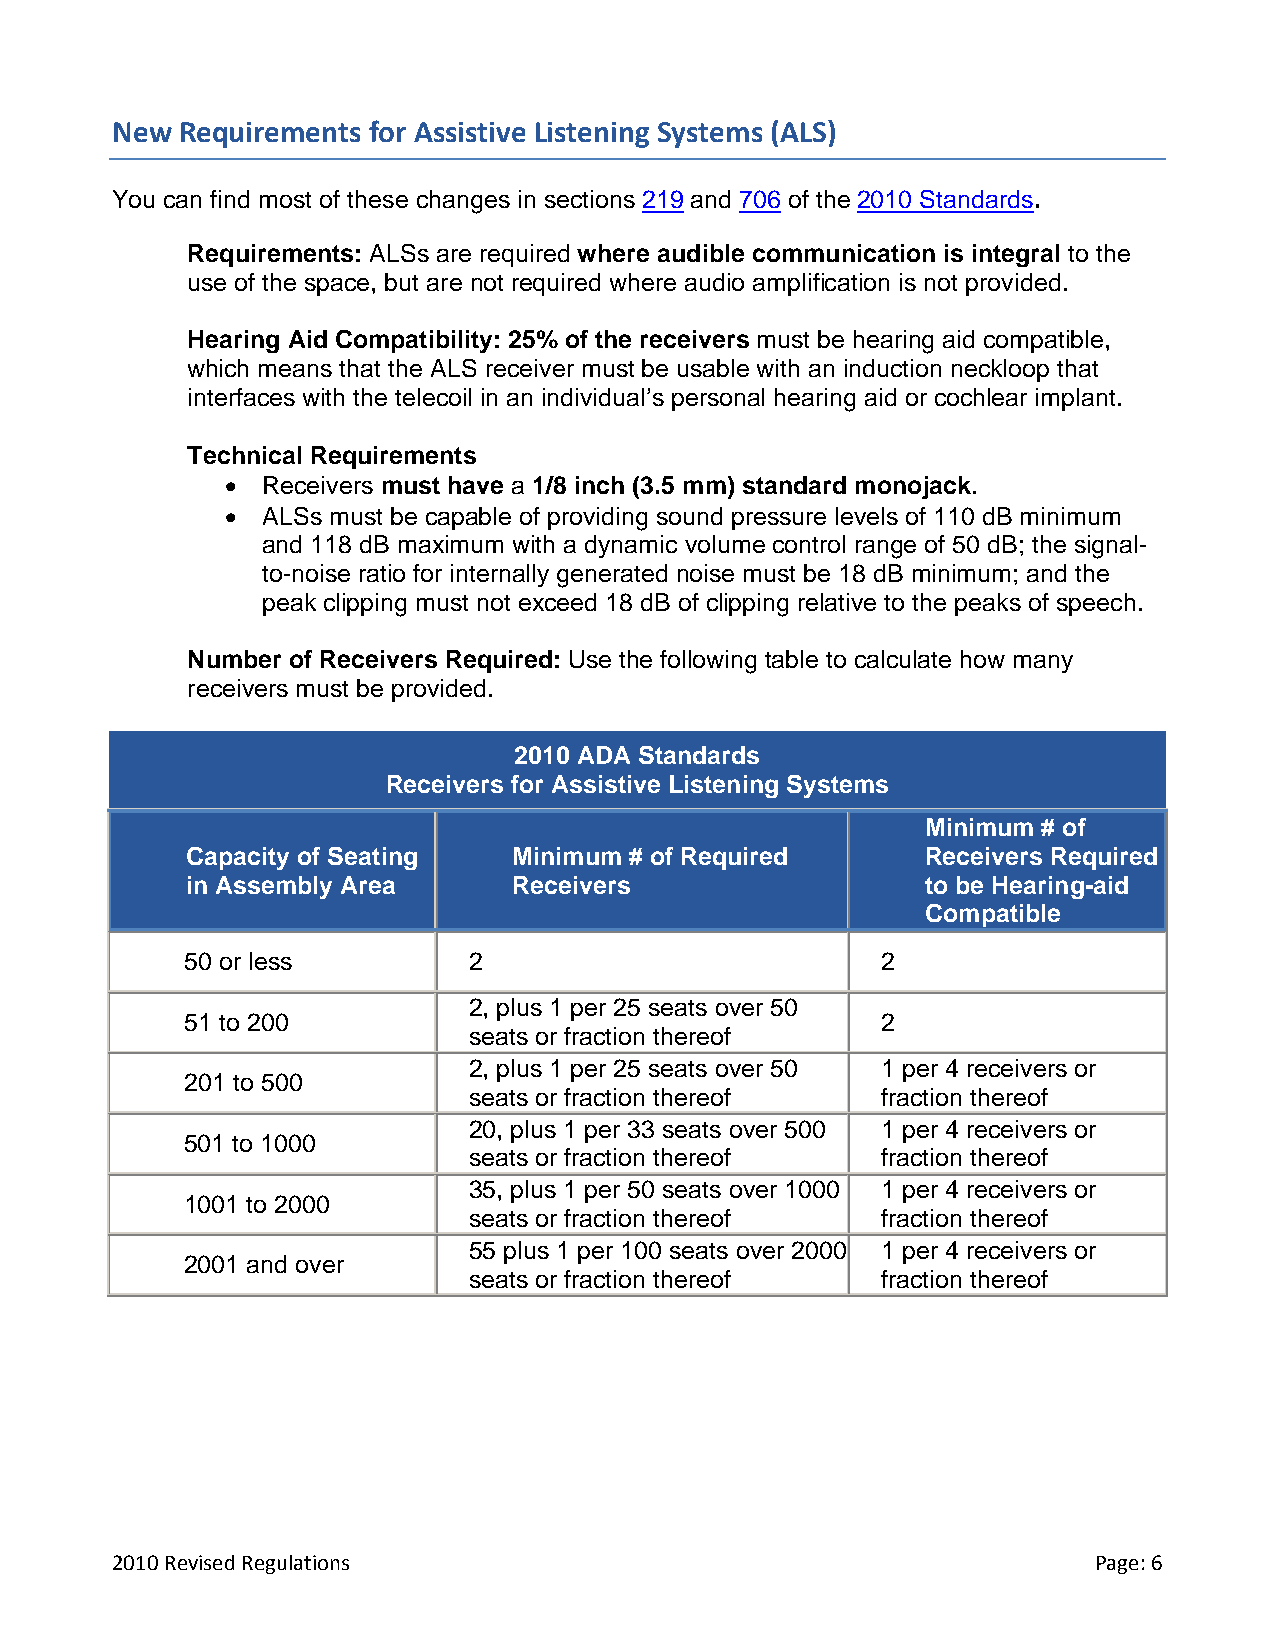
New  Requirements for Assistive Listening Systems (ALS)
 You can find most of these changes in sections 219 and 706 of the 2010 Standards.
 Requirements: ALSs are required where audible communication is integral to the
 use of the space, but are not required where audio amplification is not provided.
 Hearing Aid Compatibility: 25% of the receivers must be hearing aid compatible,
 which means that the ALS receiver must be usable with an induction neckloop that
 interfaces with the telecoil in an individual’s personal hearing aid or cochlear implant.
 Technical Requirements
 • Receivers must have a 1/8 inch (3.5 mm) standard monojack.
 • ALSs must be capable of providing sound pressure levels of 110 dB minimum
 and 118 dB maximum with a dynamic volume control range of 50 dB; the signal-
 to-noise ratio for internally generated noise must be 18 dB minimum; and the
 peak clipping must not exceed 18 dB of clipping relative to the peaks of speech.
 Number of Receivers Required: Use the following table to calculate how many
 receivers must be provided.
 2010 ADA Standards
 Receivers for Assistive Listening Systems
 Minimum # of
 Capacity of Seating   Minimum # of Required      Receivers Required
 in Assembly Area      Receivers                  to be Hearing-aid
 Compatible
 50 or less         2                          2
 2, plus 1 per 25 seats over 50
 51 to 200                                     2
 seats or fraction thereof
 2, plus 1 per 25 seats over 50 1 per 4 receivers or
 201 to 500
 seats or fraction thereof  fraction thereof
 20, plus 1 per 33 seats over 500 1 per 4 receivers or
 501 to 1000
 seats or fraction thereof  fraction thereof
 35, plus 1 per 50 seats over 1000 1 per 4 receivers or
 1001 to 2000
 seats or fraction thereof  fraction thereof
 55 plus 1 per 100 seats over 2000 1 per 4 receivers or
 2001 and over
 seats or fraction thereof  fraction thereof
 2010 Revised Regulations                                         Page: 6